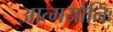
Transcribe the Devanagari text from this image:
आत्मयोनिः